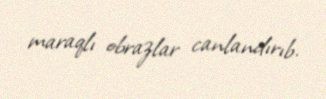
maraqlı obrazlar canlandırıb.